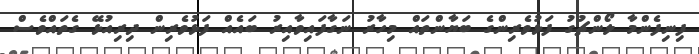
ފިނިފެންމާ ލޯންޗުގު ފަޅުވެރިންގެ ބަޔާންތައް މިހާރު ނަގާފައިވާއިރު ބައެއް ފަޅުވެރިން ދިރިއުޅޭ ގެތައްވެސް